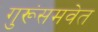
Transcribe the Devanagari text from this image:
गुरूंसमवेत